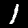
Digit: 1